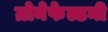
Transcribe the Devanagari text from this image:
ग्रोनेफेल्डनी